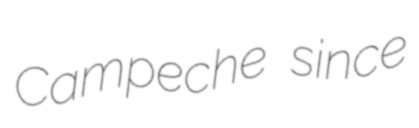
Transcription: Campeche since